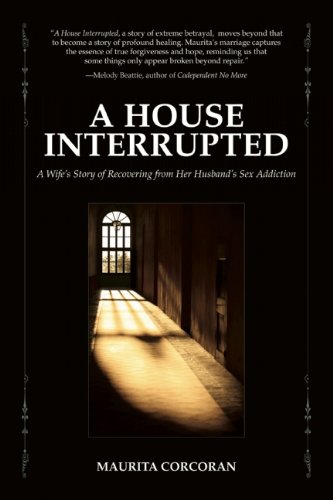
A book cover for A House Interrupted: A Wife's Story of Recovering from Her Husband's Sex Addiction; Maurita Corcoran; Health, Fitness & Dieting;